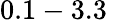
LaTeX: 0.1-3.3\